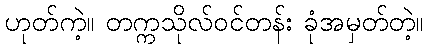
ဟုတ်ကဲ့။ တက္ကသိုလ်ဝင်တန်း ခုံအမှတ်တဲ့။